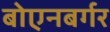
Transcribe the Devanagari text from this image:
बोएनबर्गर